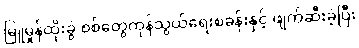
မြူမှုန်ထိုးခွဲ စစ်တွေကုန်သွယ်ရေးစခန်းနှင့် ဖျက်ဆီးခဲ့ပြီး